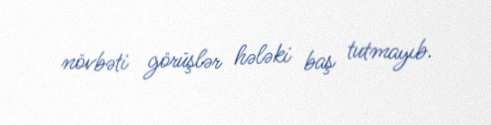
növbəti görüşlər hələki baş tutmayıb.